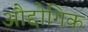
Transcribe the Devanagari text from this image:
औद्दोगिक